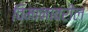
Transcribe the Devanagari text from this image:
विमानावरील